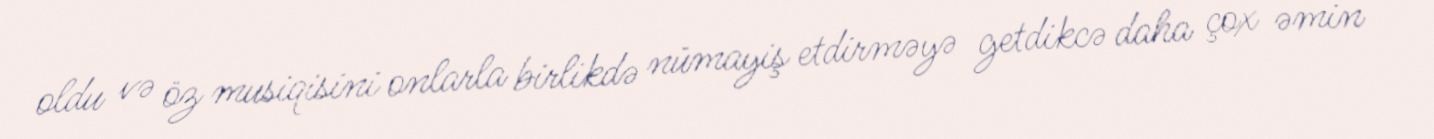
oldu və öz musiqisini onlarla birlikdə nümayiş etdirməyə getdikcə daha çox əmin